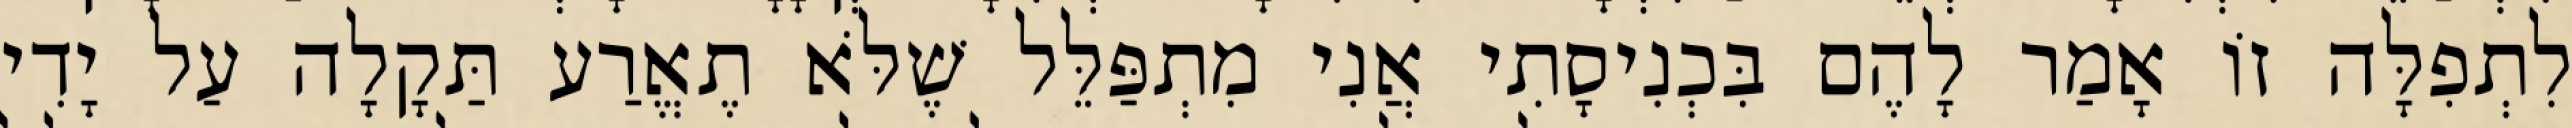
לִתְפִלָּה זוֹ אָמַר לָהֶם בִּכְנִיסָתִי אֲנִי מִתְפַּלֵּל שֶׁלֹּא תֶאֱרַע תַּקָלָה עַל יָדִי